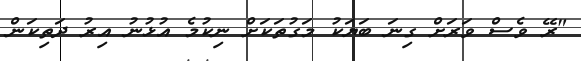
"ރޭ ވެސް ވަރަށް ގިނަ ބަޔަކު މަގުތަކަށް ނިކުމެ އުޅުނު އިރު ދަތިކަން